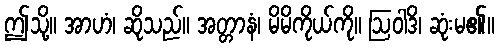
ဤသို့။ အာဟံ၊ ဆိုသည်။ အတ္တာနံ၊ မိမိကိုယ်ကို။ ဩဝါဒိ၊ ဆုံးမ၏။